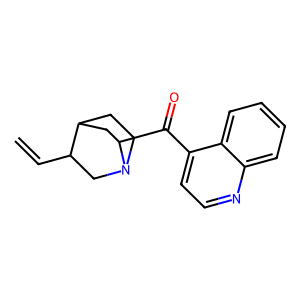
SMILES: C=CC1CN2CCC1CC2C(=O)c1ccnc2ccccc12
Inhibits HIV replication: No